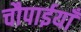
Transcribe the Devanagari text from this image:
चौपाईयाँ